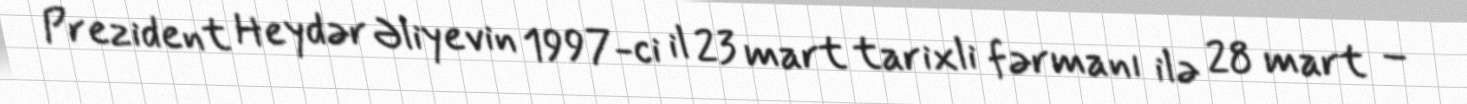
Prezident Heydər Əliyevin 1997-ci il 23 mart tarixli fərmanı ilə 28 mart –